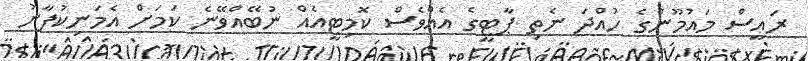
ރައީސް މައުމޫންގެ ހުއްދަ ނެތި ޕާޓީގެ އެއްވެސް ކޮމިޓީއެއް ނުބޭއްވޭނެ ކަމަށް އެމަނިކުފާނު